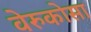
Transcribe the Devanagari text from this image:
वेरुकोसा